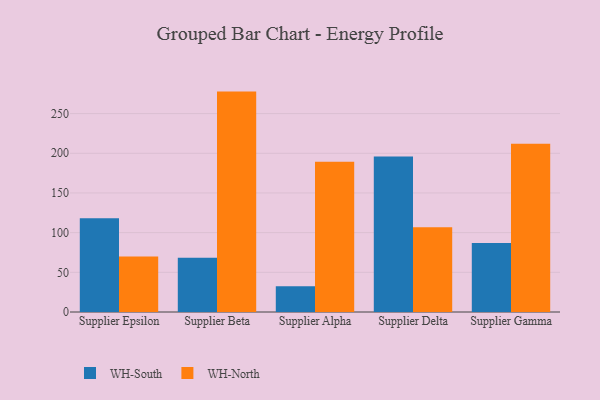
{"axis": {"x": "Supplier", "y": "Satisfaction Score"}, "legend": ["WH-North", "WH-South"], "data": [{"x": "Supplier Epsilon", "y": 118.0, "type": "WH-South"}, {"x": "Supplier Epsilon", "y": 70.0, "type": "WH-North"}, {"x": "Supplier Beta", "y": 68.3, "type": "WH-South"}, {"x": "Supplier Beta", "y": 277.7, "type": "WH-North"}, {"x": "Supplier Alpha", "y": 32.6, "type": "WH-South"}, {"x": "Supplier Alpha", "y": 189.4, "type": "WH-North"}, {"x": "Supplier Delta", "y": 195.9, "type": "WH-South"}, {"x": "Supplier Delta", "y": 106.9, "type": "WH-North"}, {"x": "Supplier Gamma", "y": 86.9, "type": "WH-South"}, {"x": "Supplier Gamma", "y": 212.0, "type": "WH-North"}]}